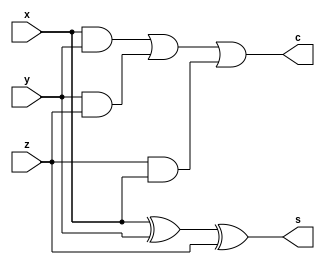
module fulladder(x, y, z, s, c);
input x, y, z;
output s, c;
assign s = x ^ y ^ z;
assign c = x&y | y&z | z&x;
endmodule


module halfadder(x, y, s, c);
input x, y;
output reg s, c;
always@(x, y)
begin
        s = x ^ y;
        c = x & y;
end
endmodule


module fulladderdec(x, y, z, s, c);
input x, y, z;
output s, c;
wire i, j, k;
halfadder h1(x, y, i, j);
halfadder h2(i, z, s, k);
assign c = j|k;
endmodule